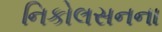
નિકોલસનના